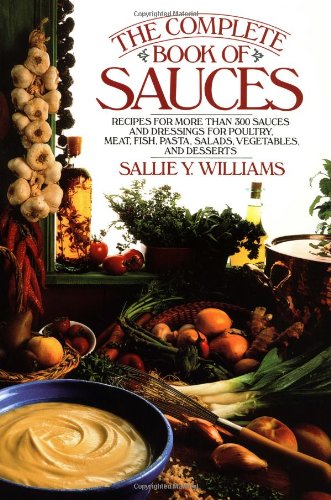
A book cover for The Complete Book of Sauces; Sallie Y Williams; Cookbooks, Food & Wine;